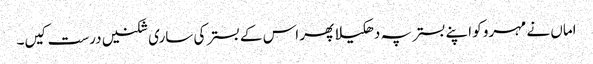
اماں نے مہرو کو اپنے بستر پہ دھکیلا پھر اس کے بستر کی ساری شکنیں درست کیں۔